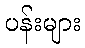
ပန်းများ